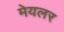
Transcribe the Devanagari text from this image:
मेयलर